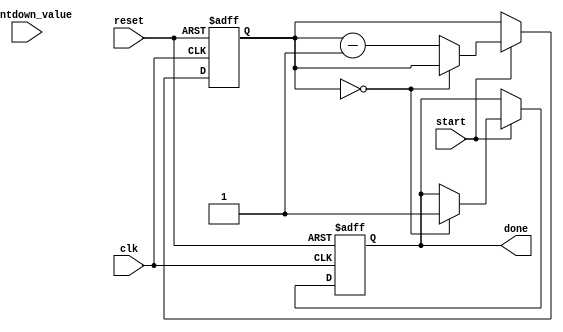
module CountdownTimer (
  input wire clk,
  input wire reset,
  input wire start,
  input wire [15:0] countdown_value,
  output reg done
);

reg [15:0] counter;

always @(posedge clk or posedge reset) begin
  if (reset) begin
    counter <= 16'h0000;
    done <= 1'b0;
  end else if (start) begin
    if (counter == 16'h0000) begin
      done <= 1'b1;
    end else begin
      counter <= counter - 1;
    end
  end
end

endmodule